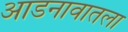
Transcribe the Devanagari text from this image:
आडनावातला